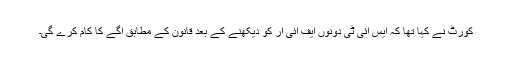
کورٹ نے کہا تھا کہ ایس آئی ٹی دونوں ایف آئی آر کو دیکھنے کے بعد قانون کے مطابق آگے کا کام کرے گی۔